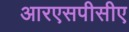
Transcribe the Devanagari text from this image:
आरएसपीसीए